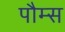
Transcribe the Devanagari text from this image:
पौम्स